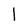
Character: I